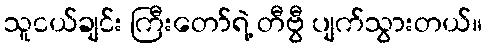
သူငယ်ချင်း ကြီးတော်ရဲ့ တီဗွီ ပျက်သွားတယ်။